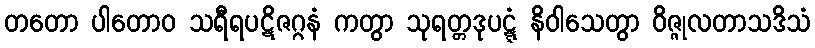
တတော ပါတောဝ သရီရပဋိဇဂ္ဂနံ ကတွာ သုရတ္တဒုပဋ္ဋံ နိဝါသေတွာ ဝိဇ္ဇုလတာသဒိသံ